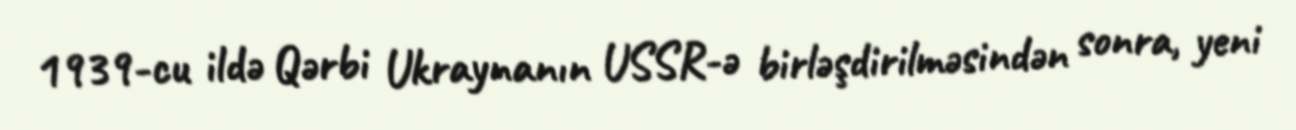
1939-cu ildə Qərbi Ukraynanın USSR-ə birləşdirilməsindən sonra, yeni